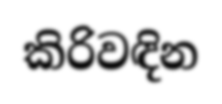
කිරිවඳින